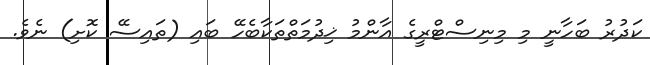
ކަދުރު ބަހާނީ މި މިނިސްޓްރީގެ އާންމު ޚިދުމަތްތަކާބެހޭ ބައި (ތައިސޭ ކޮށި) ނެވެ.